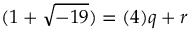
( 1 + { \sqrt { - 1 9 } } ) = ( 4 ) q + r